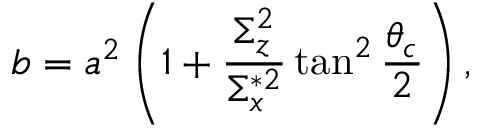
b = a ^ { 2 } \left( 1 + \frac { \Sigma _ { z } ^ { 2 } } { \Sigma _ { x } ^ { * 2 } } \tan ^ { 2 } \frac { \theta _ { c } } { 2 } \right) ,